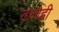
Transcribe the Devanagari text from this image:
ठाणेही